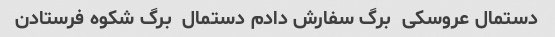
دستمال عروسکی  برگ سفارش دادم دستمال  برگ شکوه فرستادن